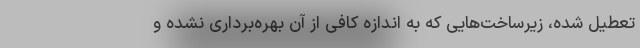
تعطیل شده، زیرساخت‌هایی که به اندازه کافی از آن بهره‌برداری نشده و